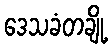
ဒေသခံတချို့